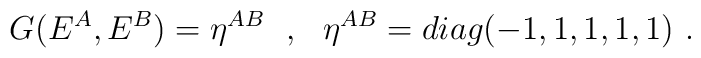
G(E^A, E^B) = \eta^{AB}~~,~~ \eta^{AB} = diag(-1,1,1,1,1)~.